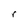
Character: r